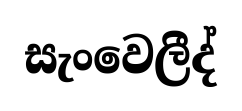
සැංවෙලීද්